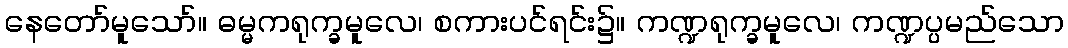
နေတော်မူသော်။ ဓမ္မကရုက္ခမူလေ၊ စကားပင်ရင်း၌။ ကဏ္ဍရုက္ခမူလေ၊ ကဏ္ဍပ္ပမည်သော